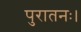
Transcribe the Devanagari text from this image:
पुरातनः।